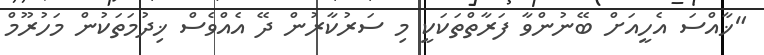
"ޚާއްސަ އެހީއަށް ބޭނުންވާ ފަރާތްތަކަކީ މި ސަރުކާރުން ދޭ އެއްވެސް ޚިދުމަތަކުން މަހުރޫމް